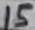
Text: 15